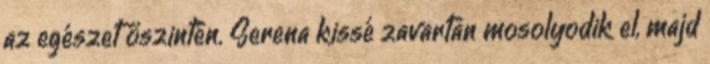
az egészet őszintén. Serena kissé zavartan mosolyodik el, majd